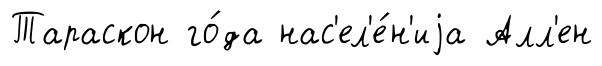
Тараскон го́да нас'ел'е́н'иjа Алл'ен